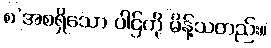
စ’အစရှိသော ပါဌ်ကို မိန့်သတည်း။